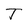
Character: T